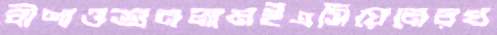
বীণাওশুনলামইএসিয়েনেরখ